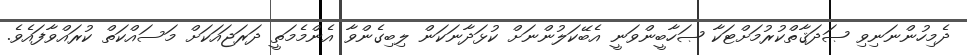
ދެމިހުންނަނިވި ޞަދަޤާތްކުރުމަށްޓަކާ ޞަހާބީންވަނީ އެބޭކަލުންނަށް ކުޅަދާނަކަން ލިބިގެންވާ އެންމެމަތީ ދަރަޖައަކަށް މަސައްކަތް ކުރައްވާފައެވެ.